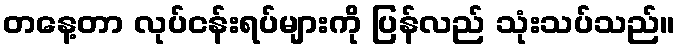
တနေ့တာ လုပ်ငန်းရပ်များကို ပြန်လည် သုံးသပ်သည်။